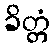
ခိတ္တံ